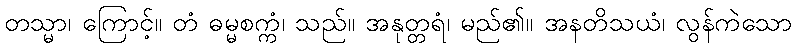
တသ္မာ၊ ကြောင့်။ တံ ဓမ္မစက္ကံ၊ သည်။ အနုတ္တရံ၊ မည်၏။ အနတိသယံ၊ လွန်ကဲသော